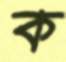
ক